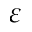
\varepsilon